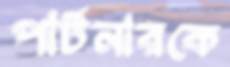
পার্টনারকে